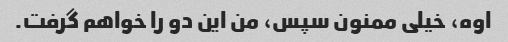
اوه، خیلی ممنون سپس، من این دو را خواهم گرفت.